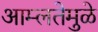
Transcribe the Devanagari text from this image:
आम्लतेमुळे